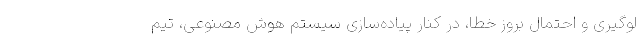
لوگیری و احتمال بروز خطا، در کنار پیاده­سازی سیستم هوش مصنوعی، تیم